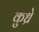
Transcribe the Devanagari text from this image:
कुध्रे